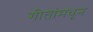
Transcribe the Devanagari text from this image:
गीतांमधून